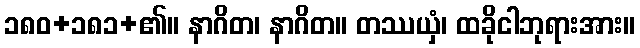
၁၈၀+၁၈၁+၏။ နာဂိတ၊ နာဂိတ။ တဿယှံ၊ ထခိုငါဘုရားအား။